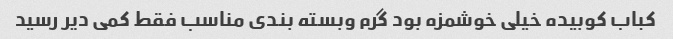
کباب کوبیده خیلی خوشمزه بود گرم وبسته بندی مناسب فقط کمی دیر رسید